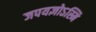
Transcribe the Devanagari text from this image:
जपयज्ञोऽस्मि